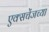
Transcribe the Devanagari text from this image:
एक्सचेंजच्या